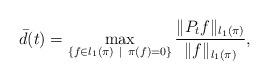
LaTeX: \begin{align*} \bar d(t) =\max_{\{f \in l_1(\pi) \ | \ \pi(f)=0\}} \frac{\| P_t f \|_{l_1(\pi)} }{\| f\|_{l_1(\pi)}},\end{align*}